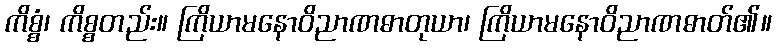
ကိစ္စံ၊ ကိစ္စတည်း။ ကြိယာမနောဝိညာဏဓာတုယာ၊ ကြိယာမနောဝိညာဏဓာတ်၏။